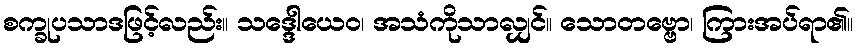
စက္ခုပသာဒဖြင့်လည်း။ သဒ္ဒေါယေဝ၊ အသံကိုသာလျှင်။ သောတဗ္ဗော၊ ကြားအပ်ရာ၏။